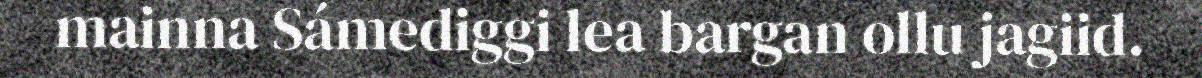
mainna Sámediggi lea bargan ollu jagiid.